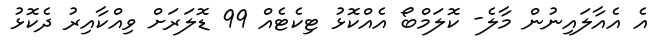
އެ އެއާލައިނުން މާލެ- ކޮލަމްބޯ އެއްކޮޅު ޓިކެޓެއް 99 ޑޮލަރަށް ވިއްކާއިރު ދެކޮޅު